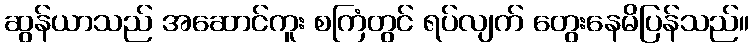
ဆွန်ယာသည် အဆောင်ကူး စကြံတွင် ရပ်လျက် တွေးနေမိပြန်သည်။